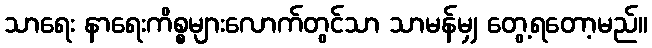
သာရေး နာရေးကိစ္စများလောက်တွင်သာ သာမန်မျှ တွေ့ရတော့မည်။